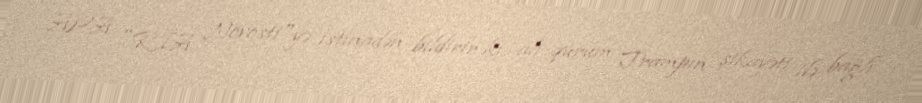
APA "RİA Novosti"yə istinadən bildirir ki, ali qurum Trampın şikayəti ilə bağlı